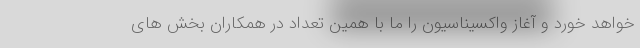
خواهد خورد و آغاز واکسیناسیون را ما با همین تعداد در همکاران بخش های